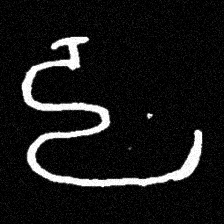
Pyu character \u2014 Myanmar letter: ဠ (romanized: lla)